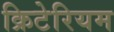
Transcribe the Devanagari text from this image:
क्रिटेरियम